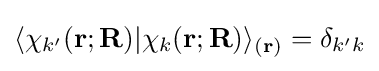
\langle \chi _{k'}(\mathbf {r} ;\mathbf {R} )|\chi _{k}(\mathbf {r} ;\mathbf {R} )\rangle _{(\mathbf {r} )}=\delta _{k'k}